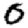
Digit: 0